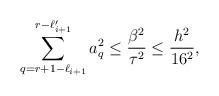
LaTeX: \begin{align*}\sum_{q=r+1-\ell_{i+1}}^{r-\ell_{i+1}'}a_q^2\leq \frac{\beta^2}{\tau^2}\leq \frac{h^2}{16^2},\end{align*}